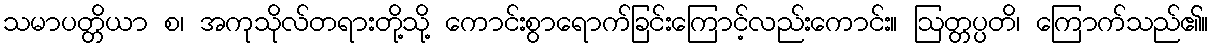
သမာပတ္တိယာ စ၊ အကုသိုလ်တရားတို့သို့ ကောင်းစွာရောက်ခြင်းကြောင့်လည်းကောင်း။ ဩတ္တပ္ပတိ၊ ကြောက်သည်၏။